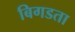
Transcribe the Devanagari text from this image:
बिगडता